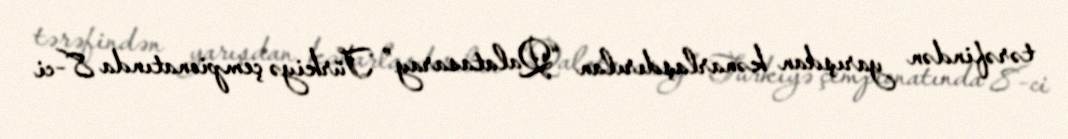
tərəfindən yarışdan kənarlaşdırılan “Qalatasaray” Türkiyə çempionatında 8-ci